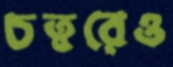
চত্বরেও